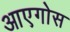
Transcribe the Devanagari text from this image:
आएगोस